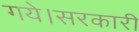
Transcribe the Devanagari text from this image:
गये।सरकारी